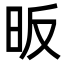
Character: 昄